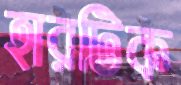
হারটিক